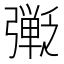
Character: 𫸿